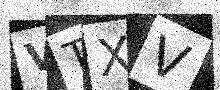
Text: VTXV